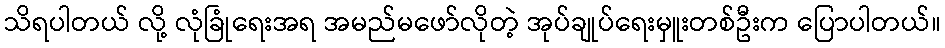
သိရပါတယ် လို့ လုံခြုံရေးအရ အမည်မဖော်လိုတဲ့ အုပ်ချုပ်ရေးမှူးတစ်ဦးက ပြောပါတယ်။